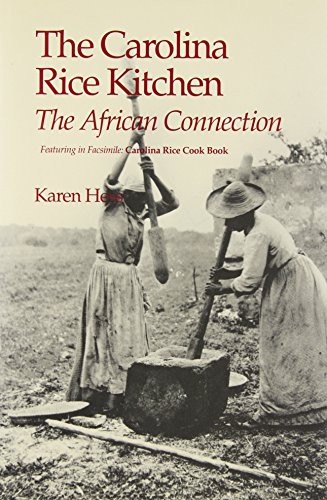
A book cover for The Carolina Rice Kitchen: The African Connection (Culinary History); Karen Hess; Travel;